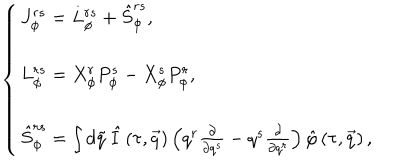
\left\{ \begin{array} { l } { { J _ { \phi } ^ { r s } = L _ { \phi } ^ { r s } + { \hat { S } } _ { \phi } ^ { r s } , } } \\ { { L _ { \phi } ^ { r s } = X _ { \phi } ^ { r } P _ { \phi } ^ { s } - X _ { \phi } ^ { s } P _ { \phi } ^ { r } , } } \\ { { { \hat { S } } _ { \phi } ^ { r s } = \int d \tilde { q } \, \hat { I } \left( \tau , \vec { q } \right) \left( q ^ { r } \frac \partial { \partial q ^ { s } } - q ^ { s } \frac \partial { \partial q ^ { r } } \right) \hat { \varphi } \left( \tau , \vec { q } \right) , } } \\ \end{array} \right.